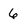
Character: 6